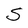
Character: S